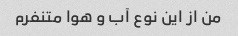
من از این نوع آب و هوا متنفرم